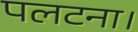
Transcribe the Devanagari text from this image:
पलटना।